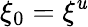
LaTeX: \xi_{0}=\xi^{\mathit{u}}